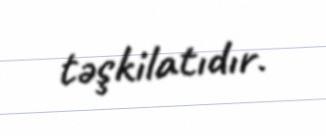
təşkilatıdır.